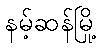
နမ့်ဆန်မြို့